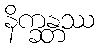
နိက္ခန္တဿ